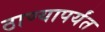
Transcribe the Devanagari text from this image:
ठाण्यापर्यंत